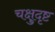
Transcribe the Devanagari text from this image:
चक्षुदृष्ट